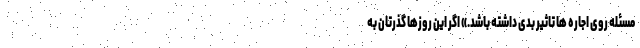
مسئله روی اجاره ها تاثیر بدی داشته باشد.» اگر این روزها گذرتان به